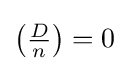
\left({\tfrac {D}{n}}\right)=0